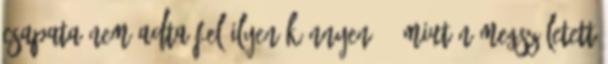
csapata nem adta fel ilyen könnyen. — Miután megszületett